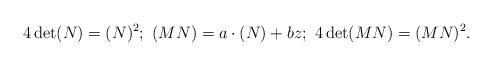
LaTeX: \begin{align*}4\det(N)=(N)^2;\ (MN)=a\cdot (N) +bz;\ 4\det(MN)=(MN)^2.\end{align*}